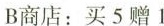
B商店：买5赠1